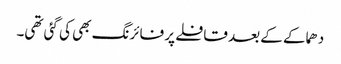
دھماکے کے بعد قافلے پر فائرنگ بھی کی گئی تھی۔